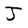
Character: J